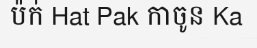
ប៉ក់ Hat Pak កាចូន Ka